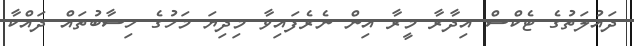
ދައުލަތުގެ ޓެކްސް އިދާރާ މީރާ އިން ނެރެފައިވާ މިދިޔަ މަހުގެ ހިސާބުތައް ދައްކާ